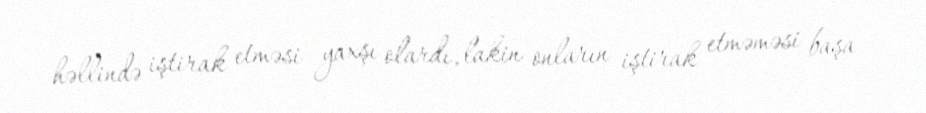
həllində iştirak etməsi yaxşı olardı, lakin onların iştirak etməməsi başa